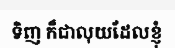
ទិញ ក៏ជាលុយដែលខ្ញុំ